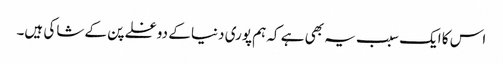
اس کا ایک سبب یہ بھی ہے کہ ہم پوری دنیا کے دوغلے پن کے شاکی ہیں۔